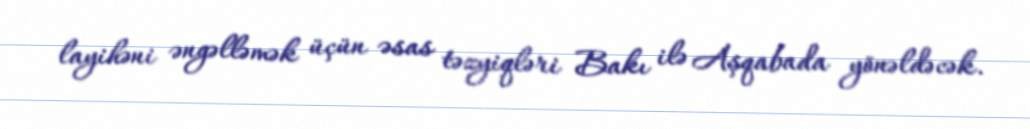
layihəni əngəlləmək üçün əsas təzyiqləri Bakı ilə Aşqabada yönəldəcək.